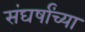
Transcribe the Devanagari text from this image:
संघर्षांच्या